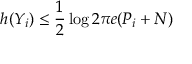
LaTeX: h ( Y _ { i } ) \leq { \frac { 1 } { 2 } } \log { 2 \pi e } ( P _ { i } + N ) \,